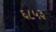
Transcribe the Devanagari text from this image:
६८५३